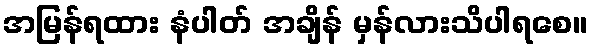
အမြန်ရထား နံပါတ် အချိန် မှန်လားသိပါရစေ။